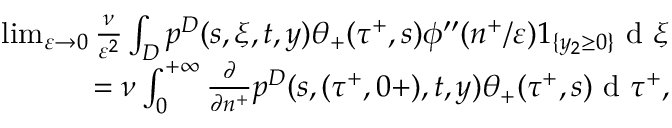
\begin{array} { r } { \operatorname* { l i m } _ { \varepsilon \to 0 } \frac { \nu } { \varepsilon ^ { 2 } } \int _ { D } p ^ { D } ( s , \xi , t , y ) \theta _ { + } ( \tau ^ { + } , s ) \phi ^ { \prime \prime } ( n ^ { + } / \varepsilon ) 1 _ { \{ y _ { 2 } \geq 0 \} } \textrm { d } \xi } \\ { = \nu \int _ { 0 } ^ { + \infty } \frac { \partial } { \partial n ^ { + } } p ^ { D } ( s , ( \tau ^ { + } , 0 + ) , t , y ) \theta _ { + } ( \tau ^ { + } , s ) \textrm { d } \tau ^ { + } , } \end{array}